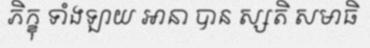
ភិក្ខុ ទាំងឡាយ អានា បាន ស្សតិ សមាធិ